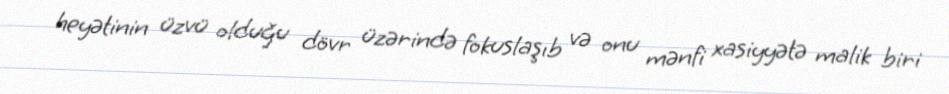
heyətinin üzvü olduğu dövr üzərində fokuslaşıb və onu mənfi xasiyyətə malik biri